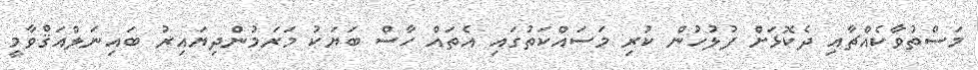
މަސްތުވާކެއްޗާއި ދެކޮޅަށް ފުލުހުން ކުރި މަސައްކަތުގައި އެތައް ހާސް ބަޔަކު މަރަމުންދިޔައިރު ބައިނަލްއަޤްވާމީ